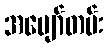
အပျော်တမ်း